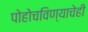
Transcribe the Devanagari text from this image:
पोहोचविण्याचेही